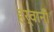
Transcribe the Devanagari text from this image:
हर्वानी